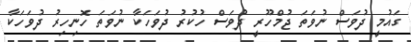
ގައުމީ ދުވަސް ނުވަތަ ޖުމްހޫރީ ދުވަސް ހުކުރު ދުވަހަކާ ނުވަތަ ހޮނިހިރު ދުވަހަކާ